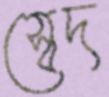
স্বেদ